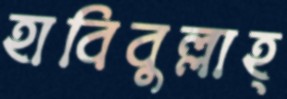
হাবিবুল্লাহ্